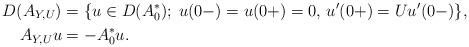
LaTeX: \begin{align*} D(A_{Y,U}) & = \{u\in D(A_0^*);\; u(0-) = u(0+) = 0, \, u'(0+) = U u'(0-)\},\\ A_{Y,U} u & = -A_0^*u. \end{align*}